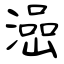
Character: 澏